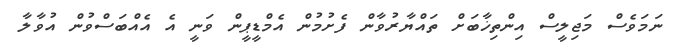
ނަމަވެސް މަޖިލީސް އިންތިޚާބަށް ތައްޔާރުވާން ފެށުމުން އެމްޑީީޕީން ވަނީ އެ އެއްބަސްވުން އުވާލާ